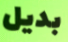
بديل